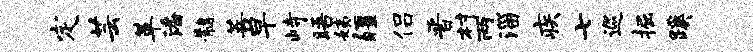
定芸革潘髓菩早峙晤姨疆侣晋村两淄疾七巡掘蹊